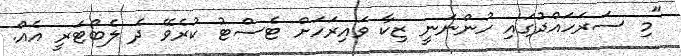
"މި ސަރަހައްދުގައި ހުންނަނީ ޒިކާ ވައިރަހަށް ޓެސްޓު ކުރެވޭ ދެ ލެބޯޓަރީ އެއް.